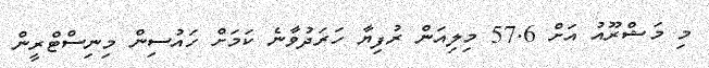
މި މަޝްރޫއު އަށް 57.6 މިލިއަން ރުފިޔާ ހަރަދުވާނެ ކަމަށް ހައުސިން މިނިސްޓްރީން